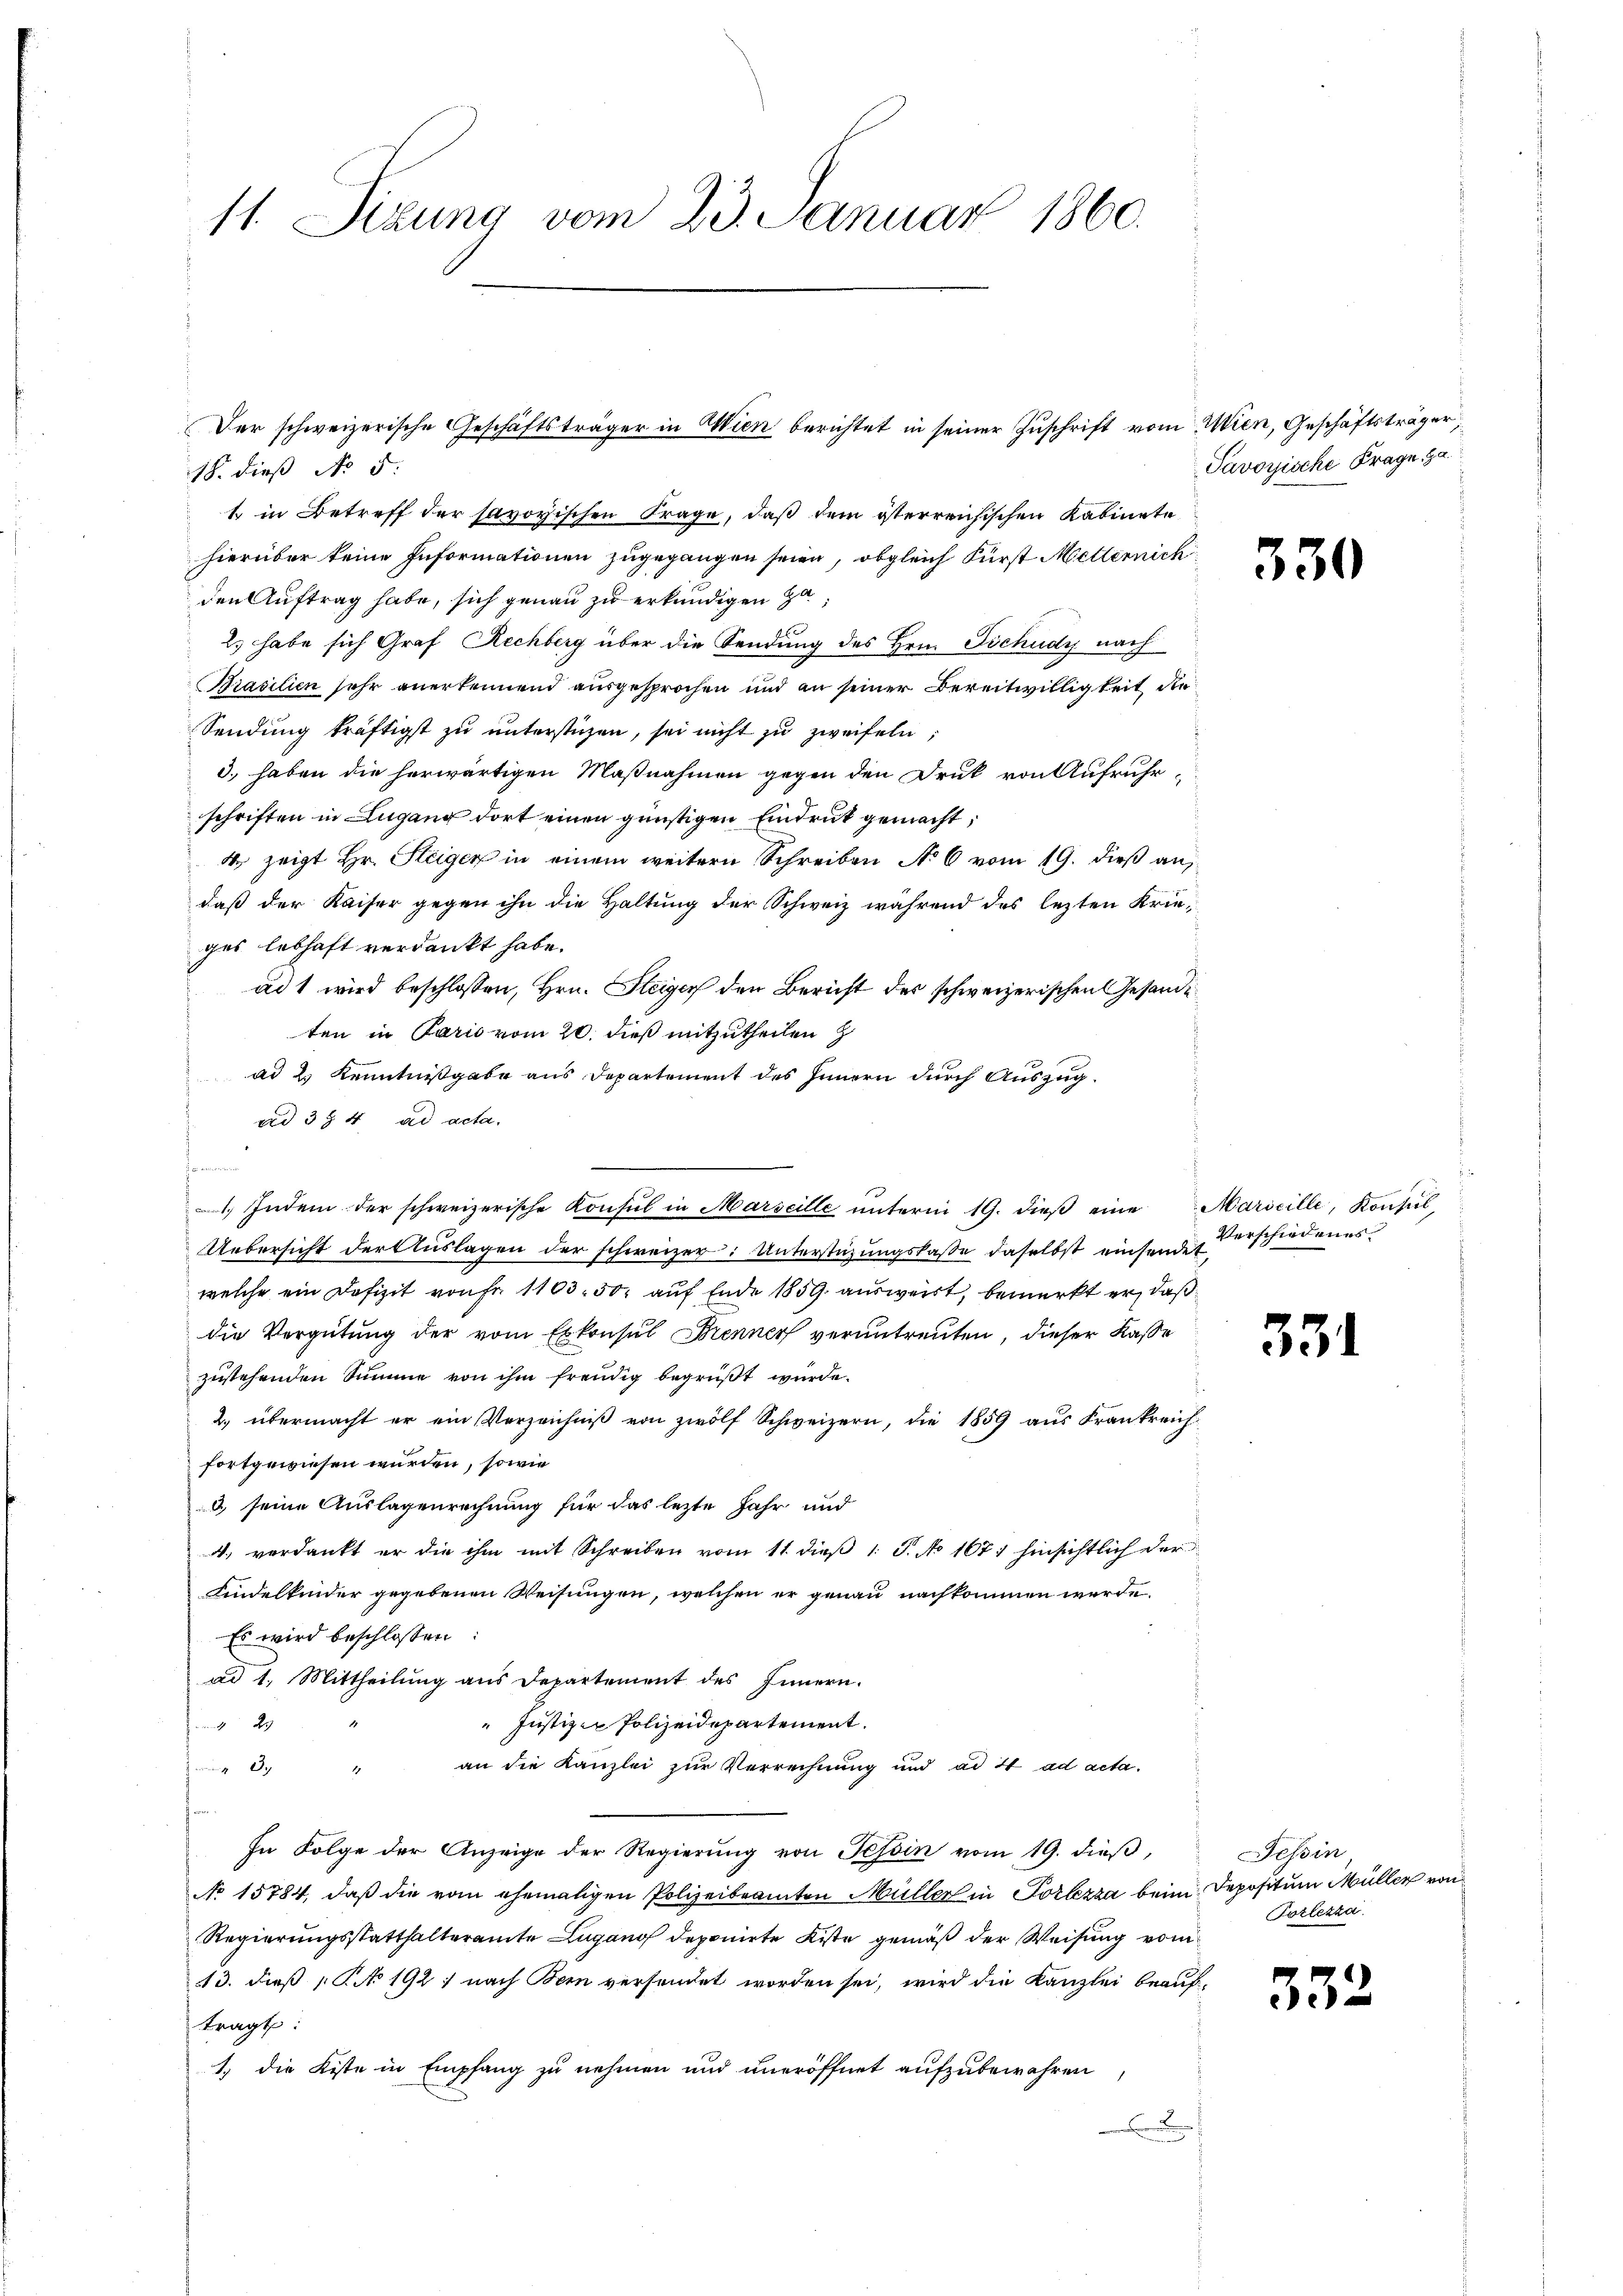
11. Sitzung vom 23. Januar 1860.

18. dieß No 5.
1 in Betreff der savoyischen Frage, daß dem österreichischen Kabinete
hierüber keine Informationen zugegangen seien, obgleich Fürst Metternich
den Auftrag habe, sich genau zu erkundigen zu¬
2.) habe sich Graf Rechberg über die Sendung des Hrn. Tschudy nach
Prasilien sehr anerkennend ausgesprochen und an seiner Bereitwilligkeit die
Sendung kräftigst zŭ ŭnterstüzen, sei nicht zu zweifeln,
d.) haben die herwärtigen Maßnahmen gegen den Druk von Aufruhr,
schriften in Lugang dort einen günstigen Eindruck gemacht;
4. zeigt Hr. Steiger in einem weitern Schreiben No 6 vom 19. dieß an,
daß der Kaiser gegen ihn die Haltung der Schweiz während des lezten Krieges lebhaft verdankt habe.
ad 1 wird beschlossen, Hrn. Steiger den Bericht der schweizerischen Gesandeten in Paris vom 20. dieß mitzutheilen z
ad 2 Kenntnißgabe aus Departement des Innern durch Auszug
ad 374 ad acta.
den
Uebersicht der Auslagen der schweizer: Unterstüzungskasse daselbst einsendet,
welche ein Defizit von fr. 1103. 50 auf Ende 1859. ausweist, bemerkt er, daß
die Vergütung der vom Eskonsul Brenner veruntreuten, dieser Kasse
zustehenden Summe von ihm freudig begrüßt würde.
2. übermacht er ein Verzeichniβ von zwölf Schweizern, die 1859 aus Frankreich
fortgewiesen wurden, sowie
u seine Auslagenrechnung für das lezte Jahr und
4., verdankt er die ihm mit Schreiben vom 11. dieß 1 S. No 1671 hinsichtlich der
Kindelkinder gegebenen Weisungen, welchen er genau nachkommen werde.
Es wird beschlossen:
ad 1. Mittheilung ans Departement des Innern.
" Justiz- Polizeidepartement.
29
an die Kanzlei zur Verrechnung und ad 4. ad acta.
nr 2
1
In Folge der Anzeige der Regierŭng von Tessin vom 19. dieβ,
s
No 15784, daß die vom ehemaligen Polizeibeamten Müller in Portezza beim Depositum Müller von
Regierungsstatthalteramte Lugano deponirte Kiste gemäß der Weisung vom
13. dieß P. 192) nach Bein versendet worden sei, wird die Kanzlei beauf
tragt:
1.) die Kiste in Empfang zu nehmen und uneröffnet aufzubewahren
d

Der schweizerische Geschäftsträger in Wien berichtet in seiner Zuschrift vom Mien, Geschäftsträger,

1. Indem der schweizerische Konsul in Marseille ŭnterm 19. dieβ eine Marseille, Konsul-

Savoyische Frage a

330

Verschiedenes.

331

Tessin
Porlezza

332